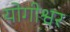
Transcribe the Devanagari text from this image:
योगीश्वर